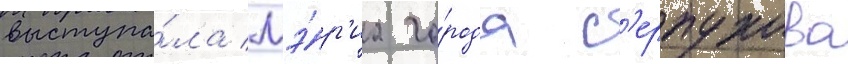
выступа́ла мэ́р'иа го́рода с'ерпухова